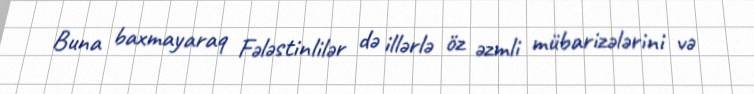
Buna baxmayaraq Fələstinlilər də illərlə öz əzmli mübarizələrini və